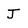
Character: J